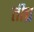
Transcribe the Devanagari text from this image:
तीच्र